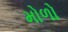
મોળો